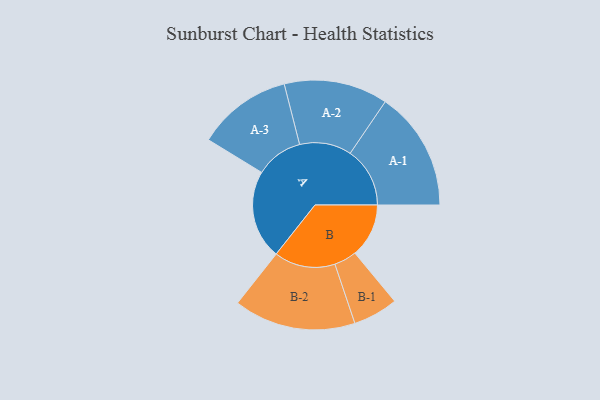
{"axis": {"x": "Segment", "y": "Value"}, "legend": ["", "A", "B"], "data": [{"x": "A", "y": 411, "type": ""}, {"x": "B", "y": 249, "type": ""}, {"x": "A-1", "y": 276, "type": "A"}, {"x": "A-2", "y": 240, "type": "A"}, {"x": "A-3", "y": 219, "type": "A"}, {"x": "B-1", "y": 104, "type": "B"}, {"x": "B-2", "y": 282, "type": "B"}]}